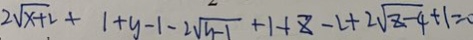
2 \sqrt { x + 2 } + 1 + y - 1 - 2 \sqrt { y - 1 } + 1 + z - 2 + 2 \sqrt { z - 4 } + 1 = 0